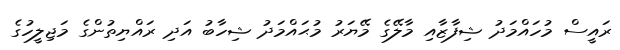
ރައީސް މުހައްމަދު ޝިފާޒާއި މާލޭގެ މޭޔަރު މުޙައްމަދު ޝިހާބު އަދި ރައްޔިތުންގެ މަޖިލީހުގެ